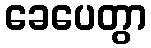
ခေပေတွာ